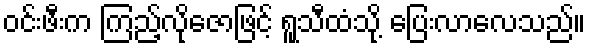
ဝင်းဖီးက ကြည့်လိုဇောဖြင့် ရူသီထံသို့ ပြေးလာလေသည်။